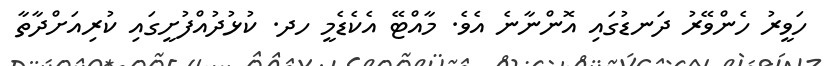
ހަވީރު ހެންވޭރު ދަނޑުގައި އޮންނާނެ އެވެ. މާއްޓޭ އެކެޑެމީ ހދ. ކުޅުދުއްފުށީގައި ކުރިއަށްދާތާ